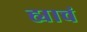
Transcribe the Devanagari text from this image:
ह्याचं